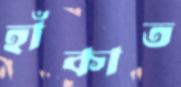
হাঁকাত